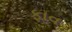
ફાવ